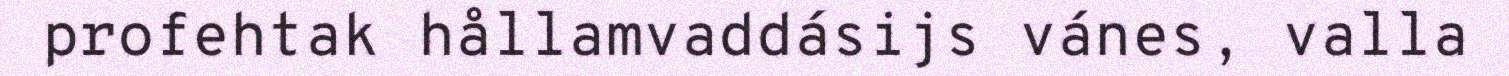
profehtak hållamvaddásijs vánes, valla